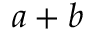
a + b